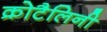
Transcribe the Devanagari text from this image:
क्रोटैलिनी